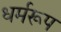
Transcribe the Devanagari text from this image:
धर्मरूप